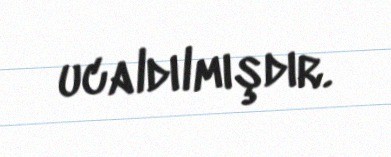
ucaldılmışdır.